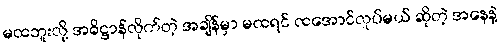
မထဘူးလို့ အဓိဋ္ဌာန်လိုက်တဲ့ အချိန်မှာ မထရင် ထအောင်လုပ်မယ် ဆိုတဲ့ အနေနဲ့